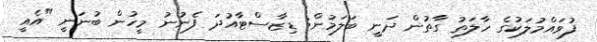
ފުވައްމުލަކުގެ ހާލަތު ގާތުން ދަނީ ބަލަމުން: ޑިޒާސްޓާއުދަ ފެނުނު މީހުން ބުނަނީ "އެއީ